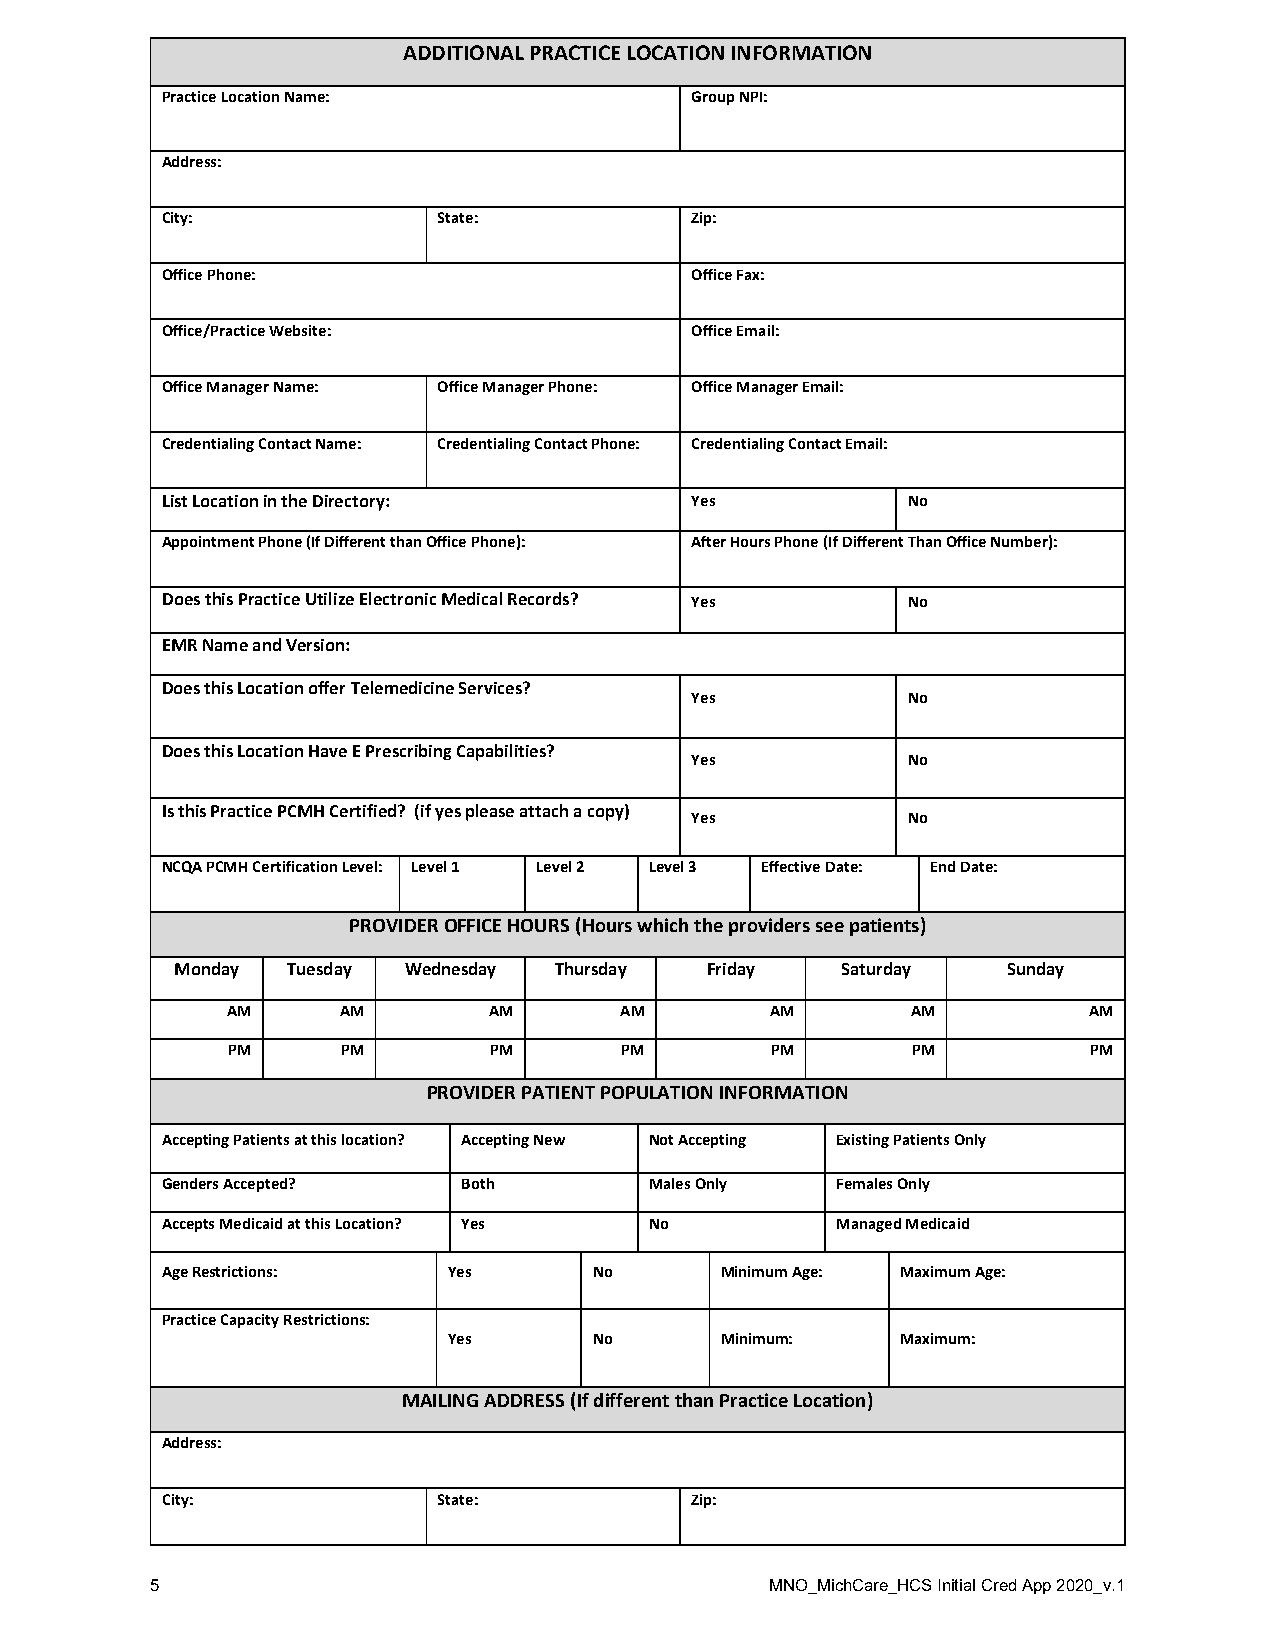
ADDITIONAL PRACTICE LOCATION INFORMATION
 Practice Location Name:            Group NPI:
 Address:
 City:             State:           Zip:
 Office Phone:                      Office Fax:
 Office/Practice Website:           Office Email:
 Office Manager Name: Office Manager Phone: Office Manager Email:
 Credentialing Contact Name: Credentialing Contact Phone: Credentialing Contact Email:
 List Location in the Directory:    Yes           No
 Appointment Phone (If Different than Office Phone): After Hours Phone (If Different Than Office Number):
 Does this Practice Utilize Electronic Medical Records? Yes No
 EMR Name and Version:
 Does this Location offer Telemedicine Services?
 Yes           No
 Does this Location Have E Prescribing Capabilities?
 Yes           No
 Is this Practice PCMH Certified? (if yes please attach a copy)
 Yes           No
 NCQA PCMH Certification Level: Level 1 Level 2 Level 3 Effective Date: End Date:
 PROVIDER OFFICE HOURS (Hours which the providers see patients)
 Monday Tuesday Wednesday Thursday  Friday   Saturday   Sunday
 AM      AM       AM       AM        AM       AM          AM
 PM      PM       PM       PM        PM       PM          PM
 PROVIDER PATIENT POPULATION INFORMATION
 Accepting Patients at this location? Accepting New Not Accepting Existing Patients Only
 Genders Accepted?   Both        Males Only  Females Only
 Accepts Medicaid at this Location? Yes No   Managed Medicaid
 Age Restrictions:  Yes      No       Minimum Age: Maximum Age:
 Practice Capacity Restrictions:
 Yes      No       Minimum:    Maximum:
 MAILING ADDRESS (If different than Practice Location)
 Address:
 City:             State:           Zip:
 5                                        MNO_MichCare_HCS Initial Cred App 2020_v.1